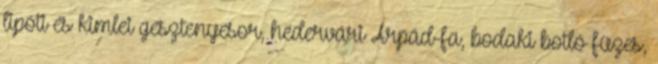
lipóti és kimlei gesztenyesor, hédervári Árpád-fa, bodaki botló füzes,